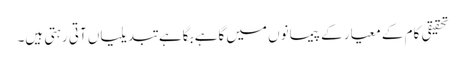
تحقیقی کام کے معیار کے پیمانوں میں گاہے بگاہے تبدیلیاں آتی رہتی ہیں۔